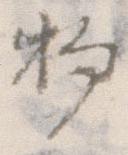
物